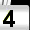
Digit: 4